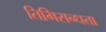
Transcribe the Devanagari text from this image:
तिमिरान्धता